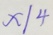
x \vert 4